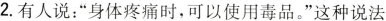
2. 有人说：”身体疼痛时，可以使用毒品。”这种说法